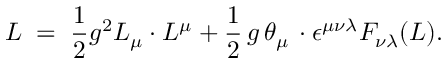
{ \cal L } \; = \; \frac { 1 } { 2 } g ^ { 2 } L _ { \mu } \cdot L ^ { \mu } + \frac { 1 } { 2 } \, g \, \theta _ { \mu } \, \cdot \epsilon ^ { \mu \nu \lambda } F _ { \nu \lambda } ( L ) .